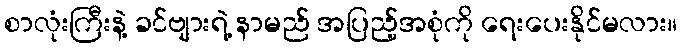
စာလုံးကြီးနဲ့ ခင်ဗျားရဲ့ နာမည် အပြည့်အစုံကို ရေးပေးနိုင်မလား။